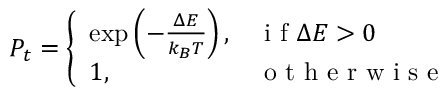
\begin{array} { r } { P _ { t } = \left\{ \begin{array} { l l } { \exp \left( - \frac { \Delta E } { k _ { B } T } \right) , } & { \mathrm { ~ i ~ f ~ } \Delta E > 0 } \\ { 1 , } & { \mathrm { ~ o ~ t ~ h ~ e ~ r ~ w ~ i ~ s ~ e ~ } } \end{array} \right. } \end{array}